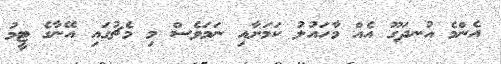
އެންމެ އުނދަގޫ އެއް މާހައުލު ކަމަށާއި ނަމަވެސް މި މެޗުގައި އޭނާގެ ޓީމު